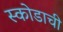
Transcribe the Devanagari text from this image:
स्कोडाची